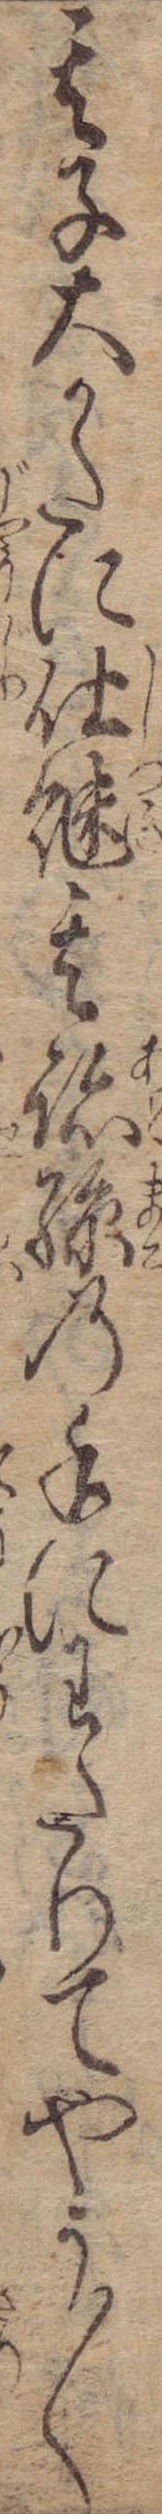
其子大かたに仕継其跡孫の手にわたりてやう〱